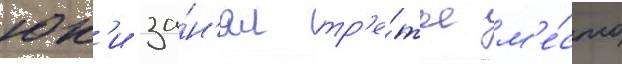
юк'и за́н'ял тр'е́тье м'е́сто